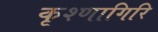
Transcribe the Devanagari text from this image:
कृश्णागिरि